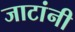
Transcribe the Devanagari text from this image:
जाटांनी